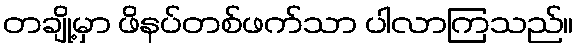
တချို့မှာ ဖိနပ်တစ်ဖက်သာ ပါလာကြသည်။